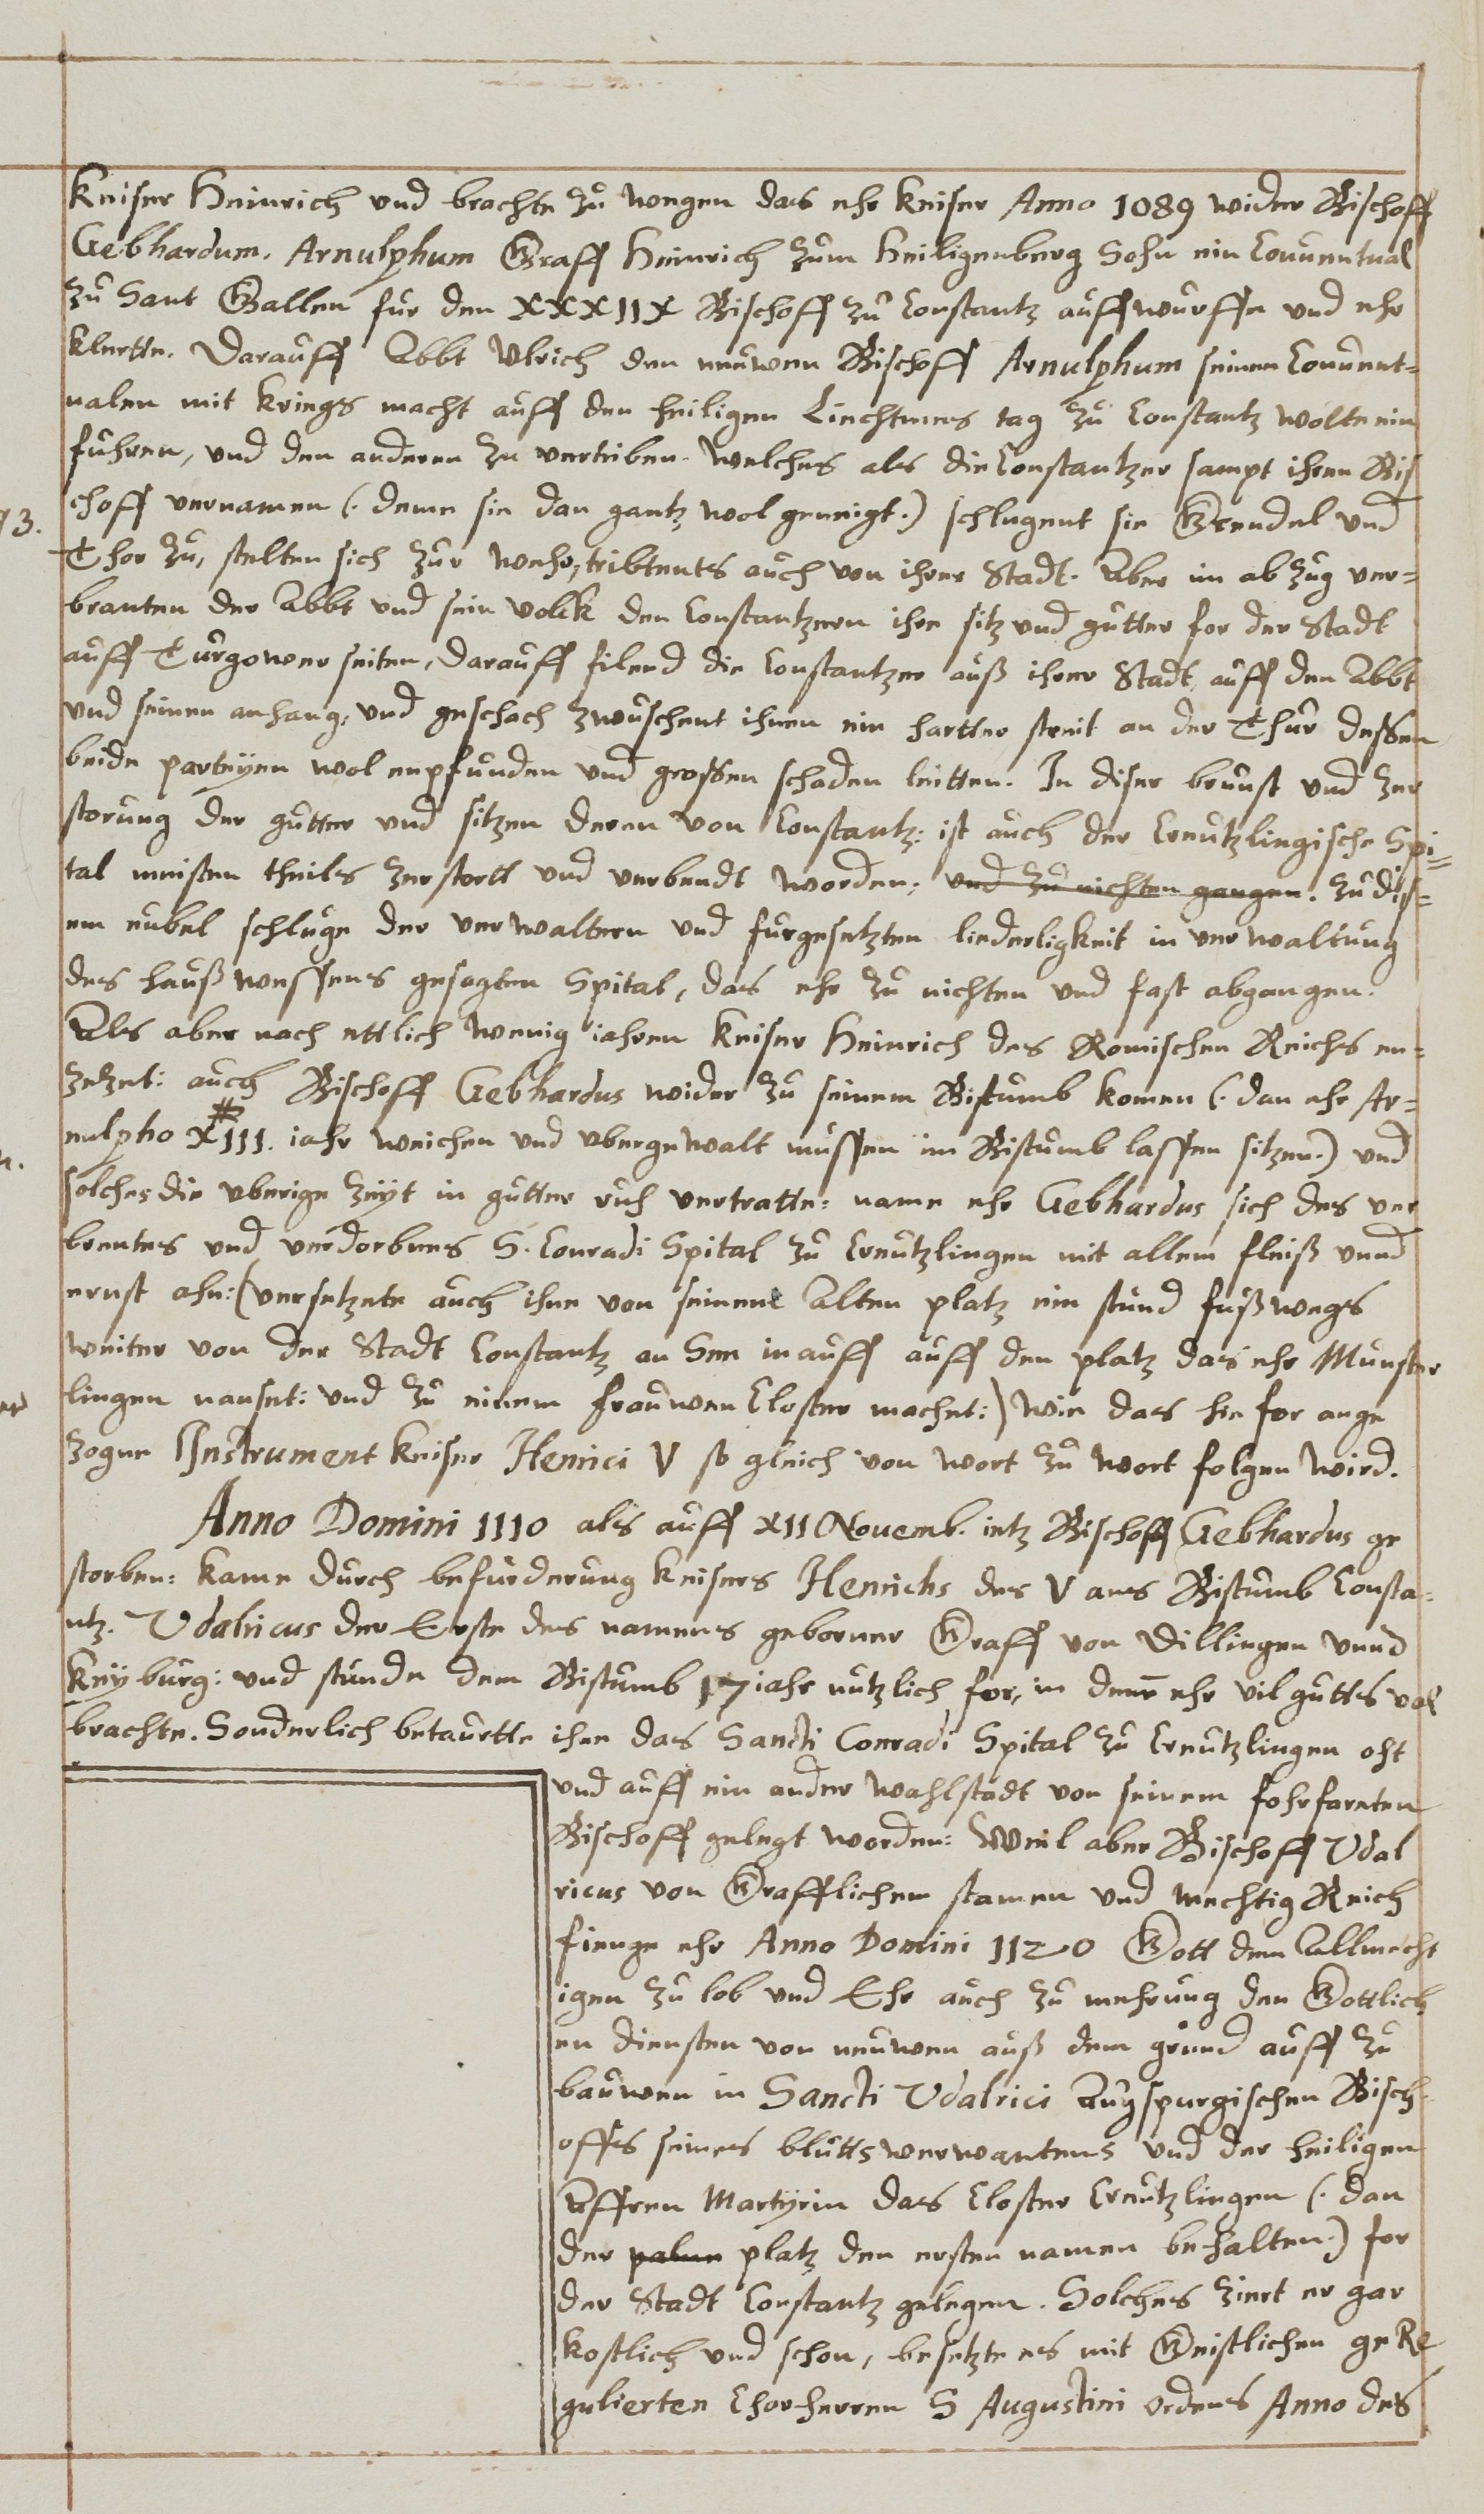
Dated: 1626–1656